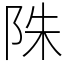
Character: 陎